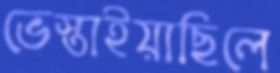
ভেস্তাইয়াছিলে